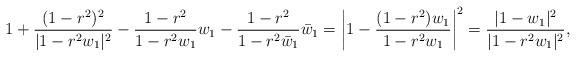
LaTeX: \begin{align*} 1+\frac{(1-r^2)^2}{|1-r^2w_1|^{2}}-\frac{1-r^2}{1-r^2w_1} w_1 -\frac{1-r^2}{1-r^2 \bar w_1} \bar w_1 =\left|1-\frac{(1-r^2) w_1}{1-r^2w_1}\right|^2 =\frac{|1-w_1|^2}{|1-r^2w_1|^{2}},\end{align*}